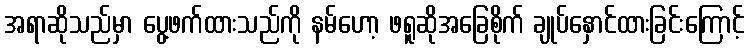
အရာဆိုသည်မှာ ပွေ့ဖက်ထားသည်ကို နမ်ဟော့ ဖရူဆိုအခြေစိုက် ချုပ်နှောင်ထားခြင်းကြောင့်